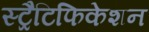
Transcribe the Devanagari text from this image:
स्ट्रैटिफिकेशन